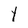
Character: Y